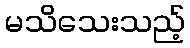
မသိသေးသည့်